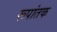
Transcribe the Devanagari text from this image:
रूपांतक